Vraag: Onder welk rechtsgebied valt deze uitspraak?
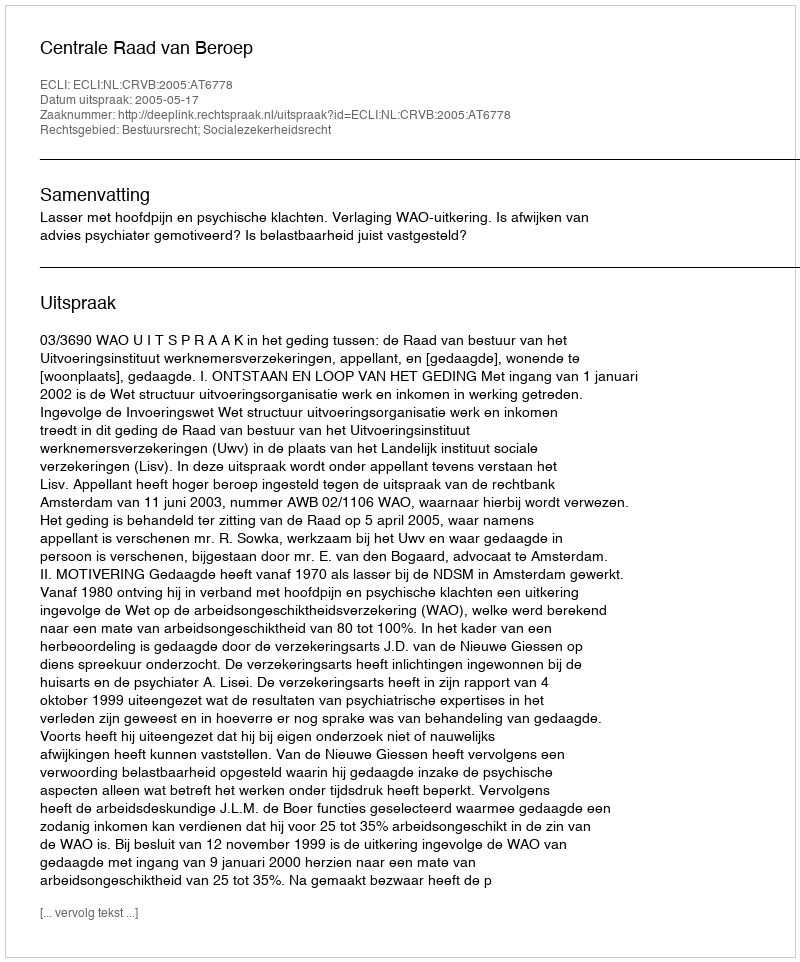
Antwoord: Bestuursrecht; Socialezekerheidsrecht